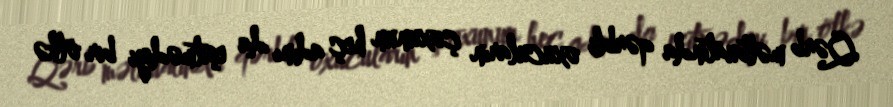
Qərb mətbuatında qərbli oxucuların çoxunun heç adını da eşitmədiyi bir ölkə